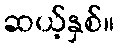
ဆယ့်နှစ်။